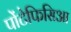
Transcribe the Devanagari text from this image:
पोंटेफिसिआ